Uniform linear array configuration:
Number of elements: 8
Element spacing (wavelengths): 0.25
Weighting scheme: blackman
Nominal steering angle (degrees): -15
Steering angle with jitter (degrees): -14.115
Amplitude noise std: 0.05
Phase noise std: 0.05

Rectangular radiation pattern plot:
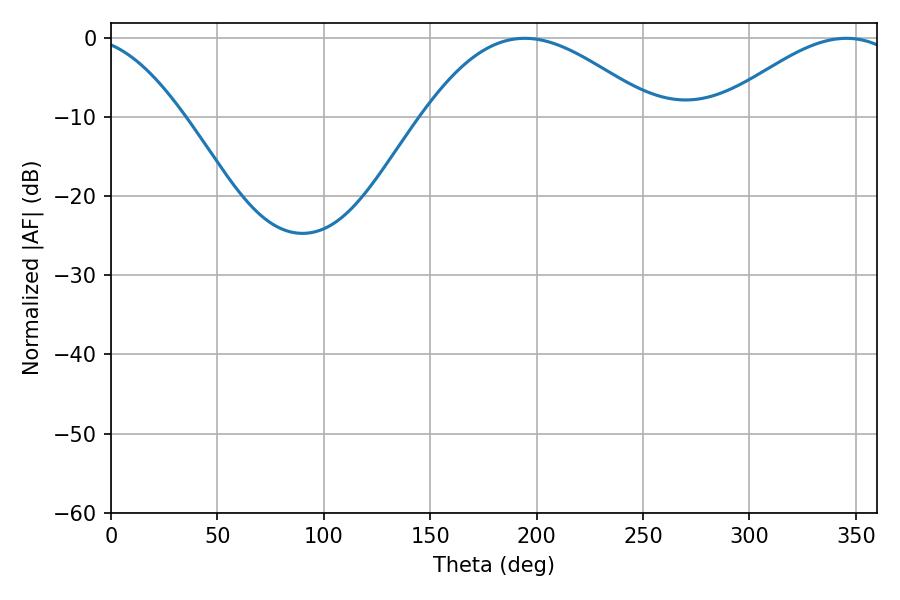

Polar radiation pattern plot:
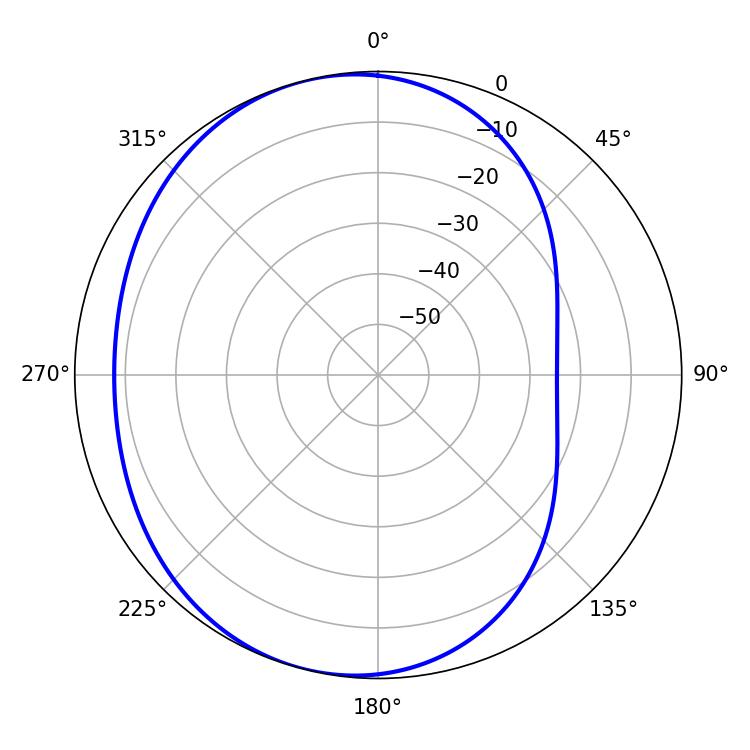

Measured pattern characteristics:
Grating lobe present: FALSE
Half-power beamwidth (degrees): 58.68
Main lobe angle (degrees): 194.4